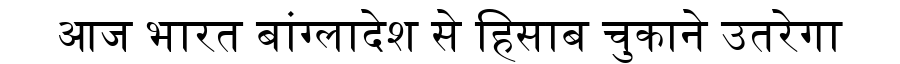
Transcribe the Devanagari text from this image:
आज भारत बांग्लादेश से हिसाब चुकाने उतरेगा